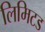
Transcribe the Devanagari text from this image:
लिमिटड